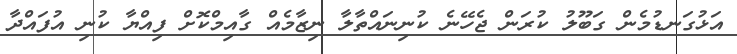
އަޅުގަނޑުމެން ގަބޫލު ކުރަން ޖެހޭނެ ކުނިނައްތާލާ ނިޒާމެއް ގާއިމްކޮށް ފިއްޔާ ކުނި އުފައްދާ